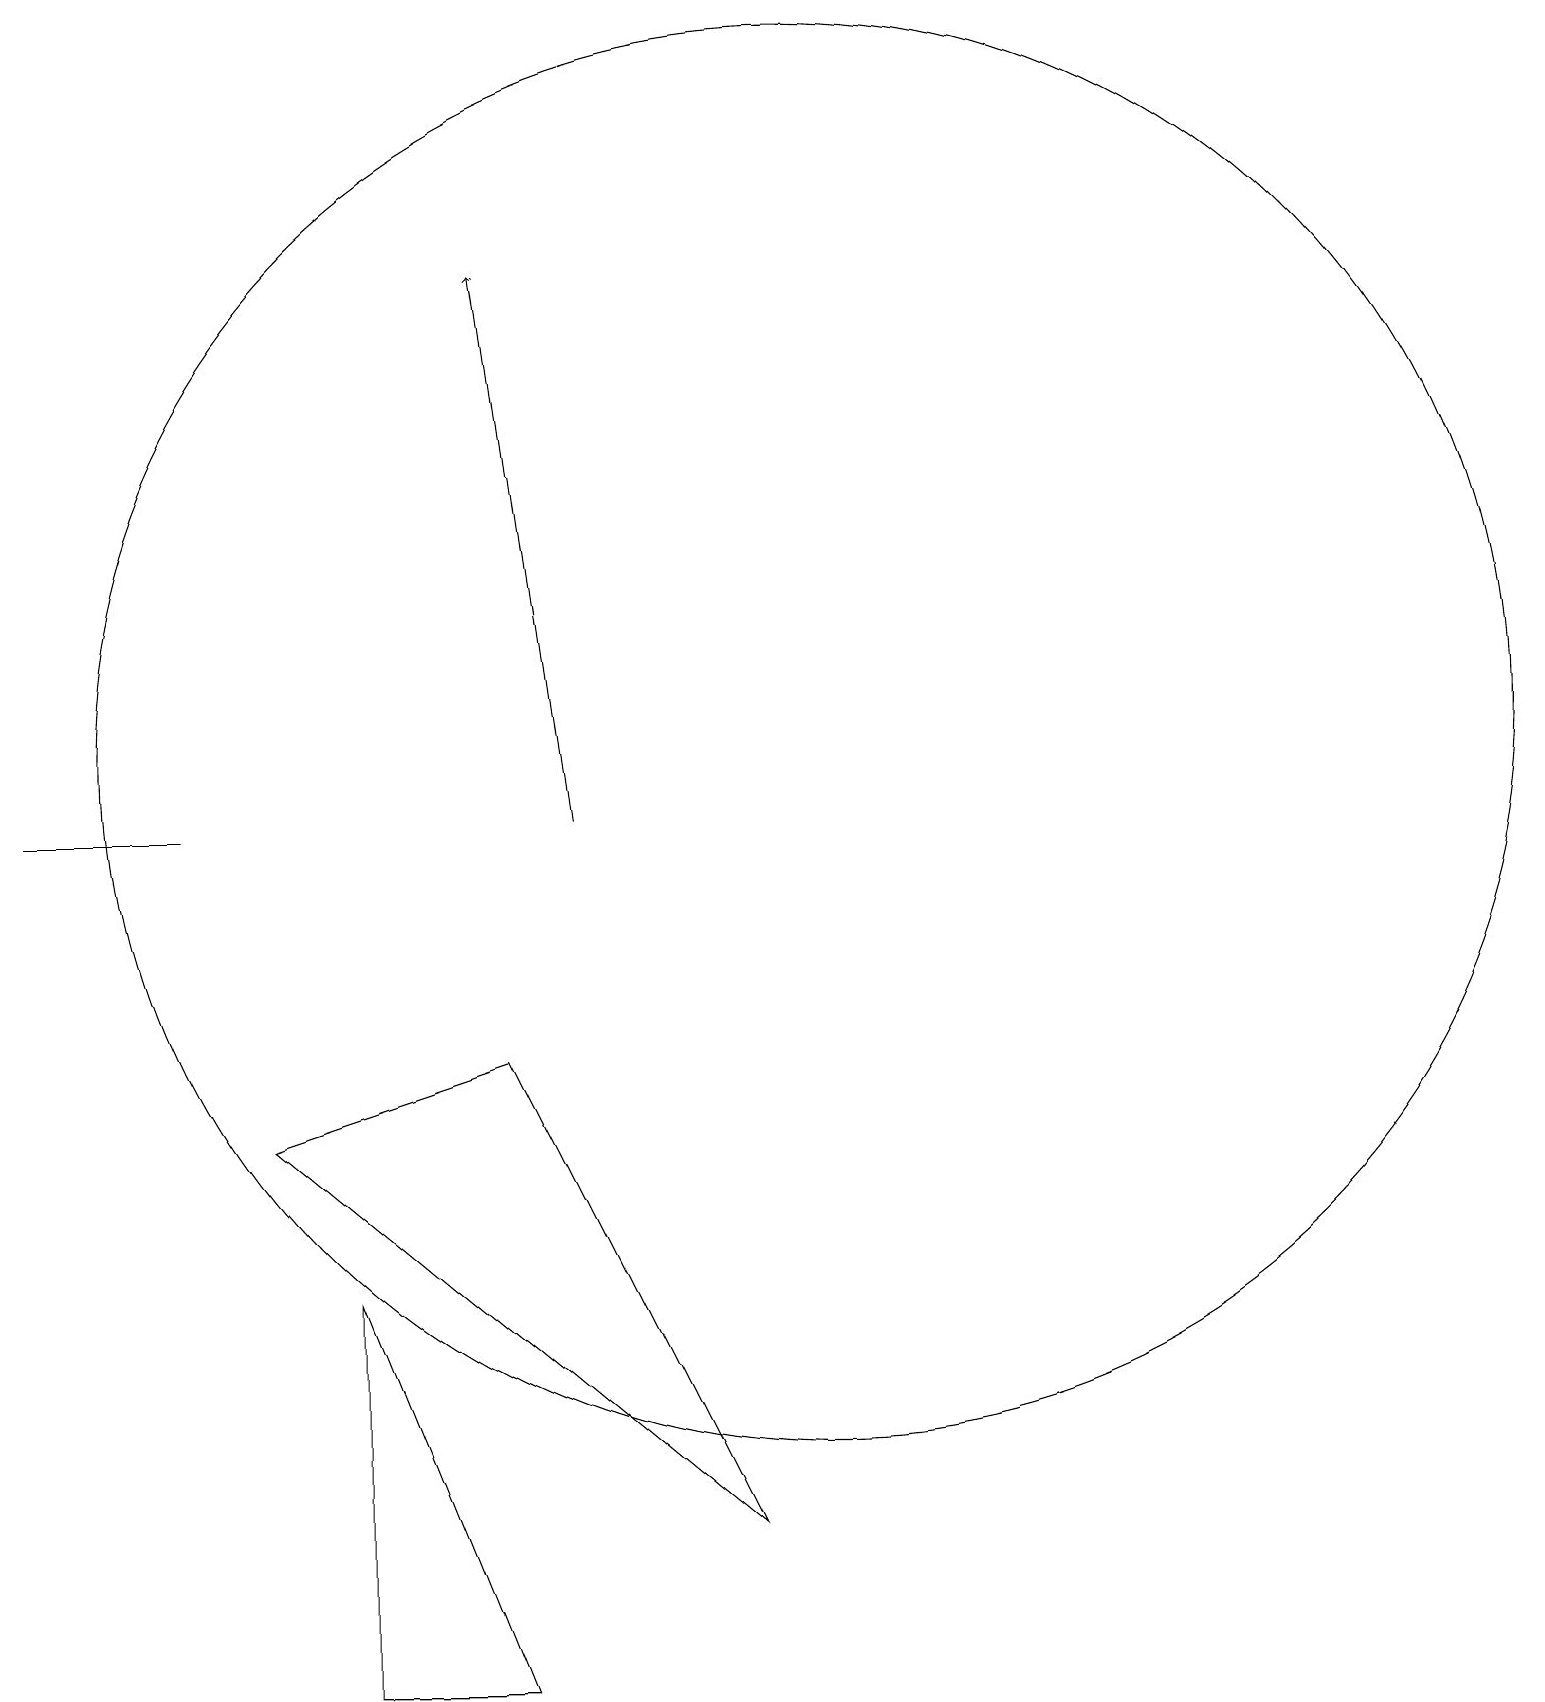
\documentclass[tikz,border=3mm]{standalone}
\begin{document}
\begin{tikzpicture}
\draw[->] (7,11) -- (6,18);
\draw (6,8) -- (3,7) -- (9,2) -- cycle;
\draw (0,11) rectangle (2,11);
\draw (4,0) -- (4,5) -- (6,0) -- cycle;
\draw (10,12) circle (9);
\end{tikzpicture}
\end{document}